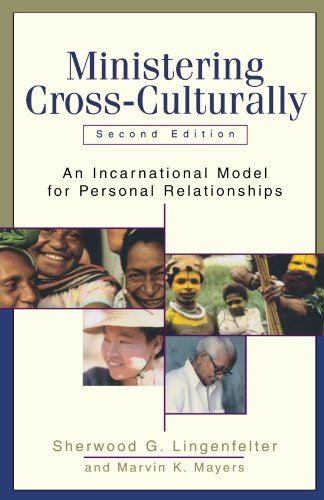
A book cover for Ministering Cross-Culturally: An Incarnational Model for Personal Relationships; Sherwood G. Lingenfelter; Christian Books & Bibles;